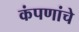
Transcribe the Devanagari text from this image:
कंपणांचे